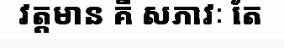
វត្តមាន គឺ សភាវៈ តែ